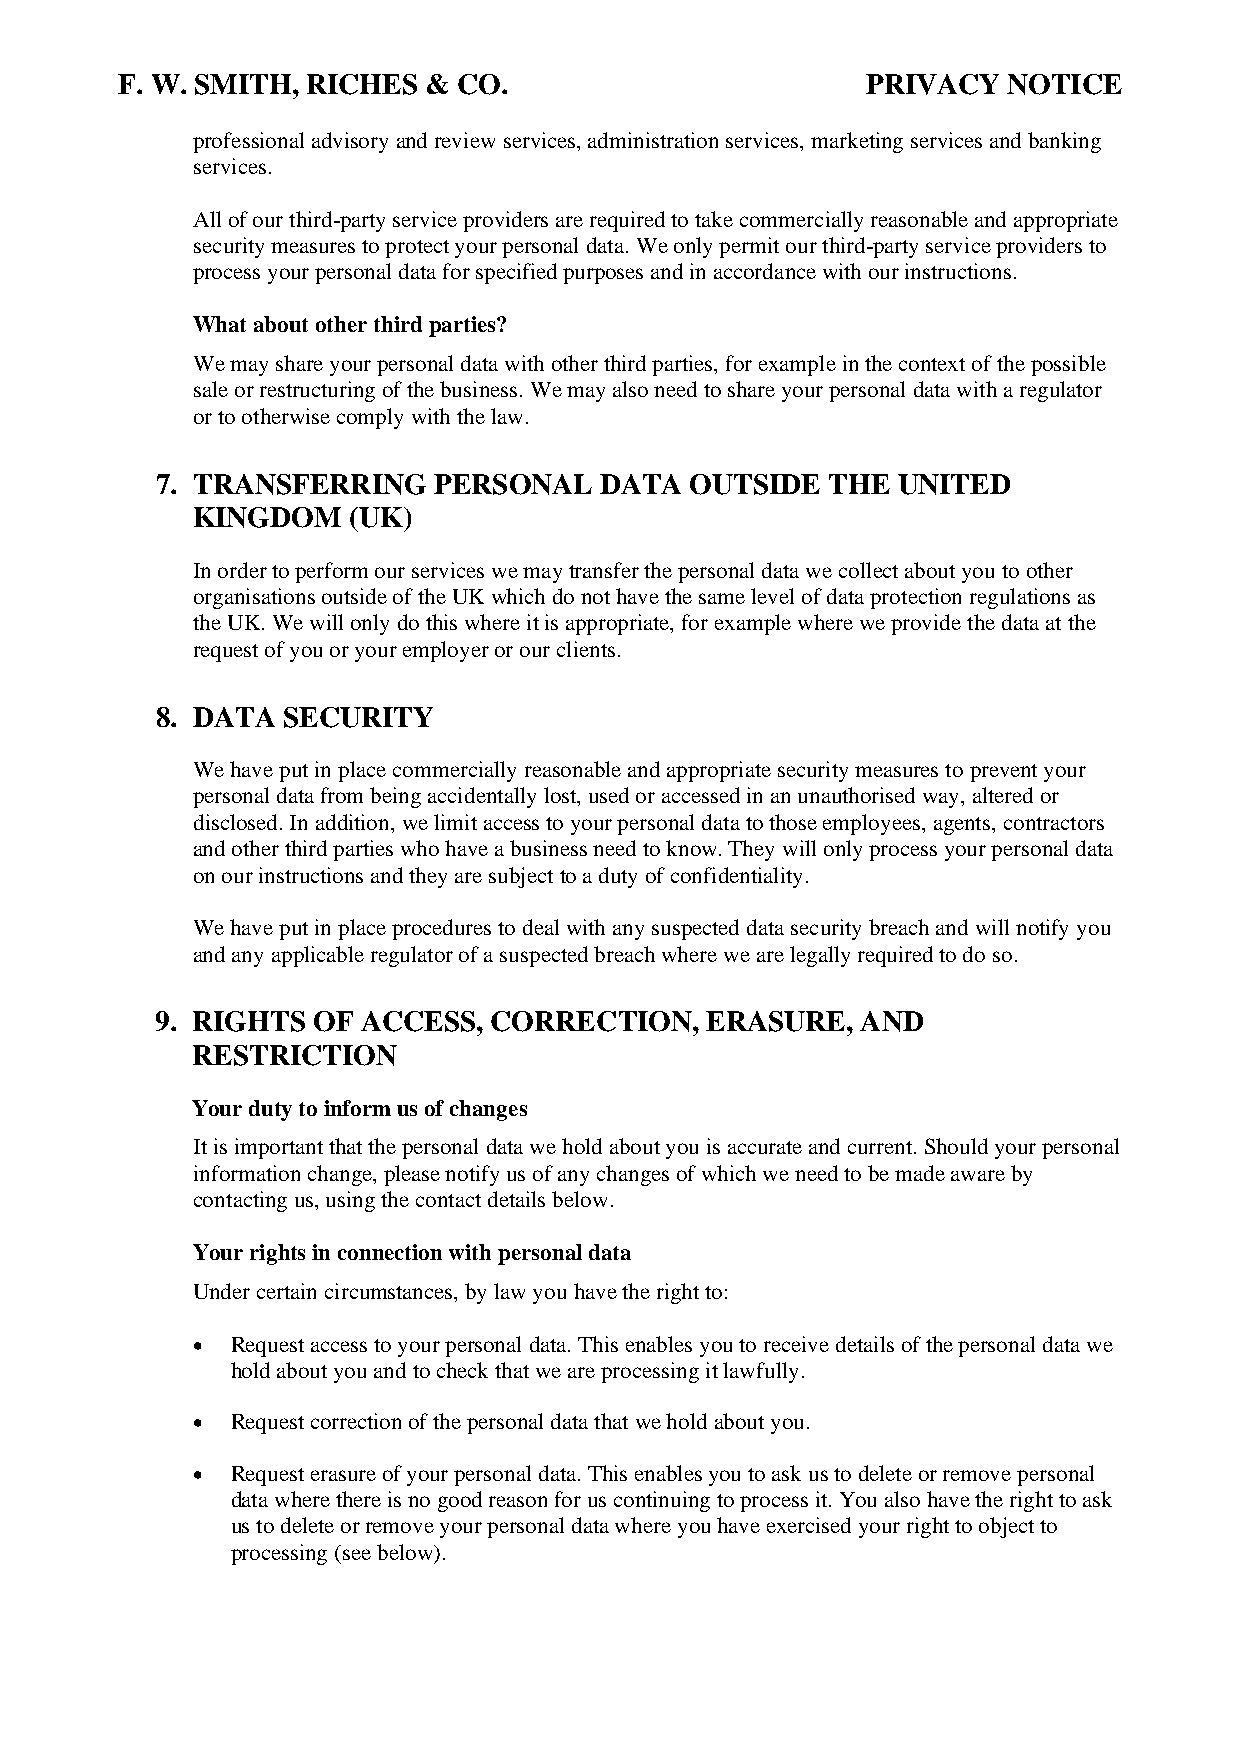
F. W. SMITH, RICHES & CO.                        PRIVACY   NOTICE
 professional advisory and review services, administration services, marketing services and banking
 services.
 All of our third-party service providers are required to take commercially reasonable and appropriate
 security measures to protect your personal data. We only permit our third-party service providers to
 process your personal data for specified purposes and in accordance with our instructions.
 What about other third parties?
 We may share your personal data with other third parties, for example in the context of the possible
 sale or restructuring of the business. We may also need to share your personal data with a regulator
 or to otherwise comply with the law.
 7. TRANSFERRING    PERSONAL   DATA  OUTSIDE  THE UNITED
 KINGDOM   (UK)
 In order to perform our services we may transfer the personal data we collect about you to other
 organisations outside of the UK which do not have the same level of data protection regulations as
 the UK. We will only do this where it is appropriate, for example where we provide the data at the
 request of you or your employer or our clients.
 8. DATA  SECURITY
 We have put in place commercially reasonable and appropriate security measures to prevent your
 personal data from being accidentally lost, used or accessed in an unauthorised way, altered or
 disclosed. In addition, we limit access to your personal data to those employees, agents, contractors
 and other third parties who have a business need to know. They will only process your personal data
 on our instructions and they are subject to a duty of confidentiality.
 We have put in place procedures to deal with any suspected data security breach and will notify you
 and any applicable regulator of a suspected breach where we are legally required to do so.
 9. RIGHTS  OF ACCESS, CORRECTION,    ERASURE,  AND
 RESTRICTION
 Your duty to inform us of changes
 It is important that the personal data we hold about you is accurate and current. Should your personal
 information change, please notify us of any changes of which we need to be made aware by
 contacting us, using the contact details below.
 Your rights in connection with personal data
 Under certain circumstances, by law you have the right to:
 • Request access to your personal data. This enables you to receive details of the personal data we
 hold about you and to check that we are processing it lawfully.
 • Request correction of the personal data that we hold about you.
 • Request erasure of your personal data. This enables you to ask us to delete or remove personal
 data where there is no good reason for us continuing to process it. You also have the right to ask
 us to delete or remove your personal data where you have exercised your right to object to
 processing (see below).